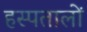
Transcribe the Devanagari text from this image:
हस्पतालों